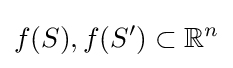
f(S),f(S')\subset \mathbb {R} ^{n}